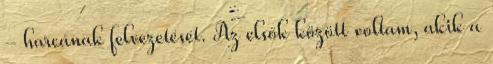
- harcának felvezetését. Az elsők között voltam, akik a